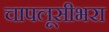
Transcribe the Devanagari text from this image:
चापलूसीभरा